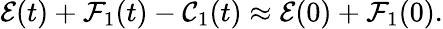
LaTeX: \mathcal{E}(t)+\mathcal{F}_{1}(t)-\mathcal{C}_{1}(t)\approx\mathcal{E}(0)+\mathcal{F}_{1}(0).